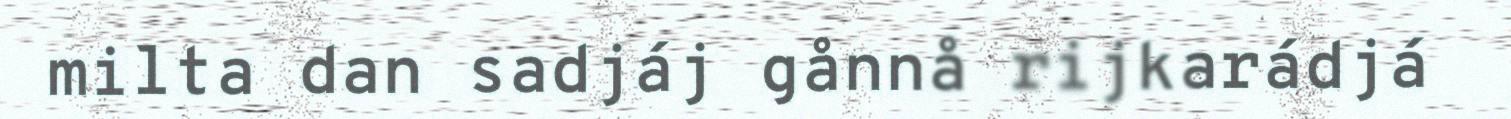
milta dan sadjáj gånnå rijkarádjá